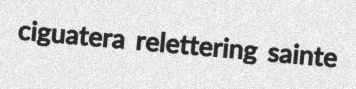
ciguatera relettering sainte